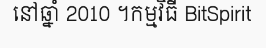
នៅឆ្នាំ 2010 ។កម្មវិធី BitSpirit